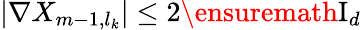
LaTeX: |\nabla X_{m-1,l_{k}}|\leq 2\ensuremath{\mathrm{I}_{d}}